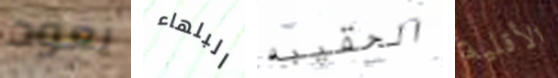
يعود البلهاء الحقيبه الأقلية